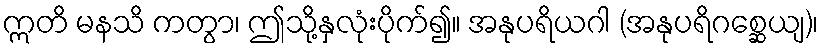
ဣတိ မနသိ ကတွာ၊ ဤသို့နှလုံးပိုက်၍။ အနုပရိယဂါ (အနုပရိဂစ္ဆေယျ)၊